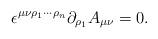
LaTeX: \begin{align*}\epsilon^{\mu \nu \rho_1 \cdots \rho_n} \partial_{\rho_1} A_{\mu \nu }=0. \end{align*}